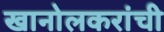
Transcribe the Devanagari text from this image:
खानोलकरांची